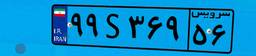
۹۹S۳۶۹۵۶